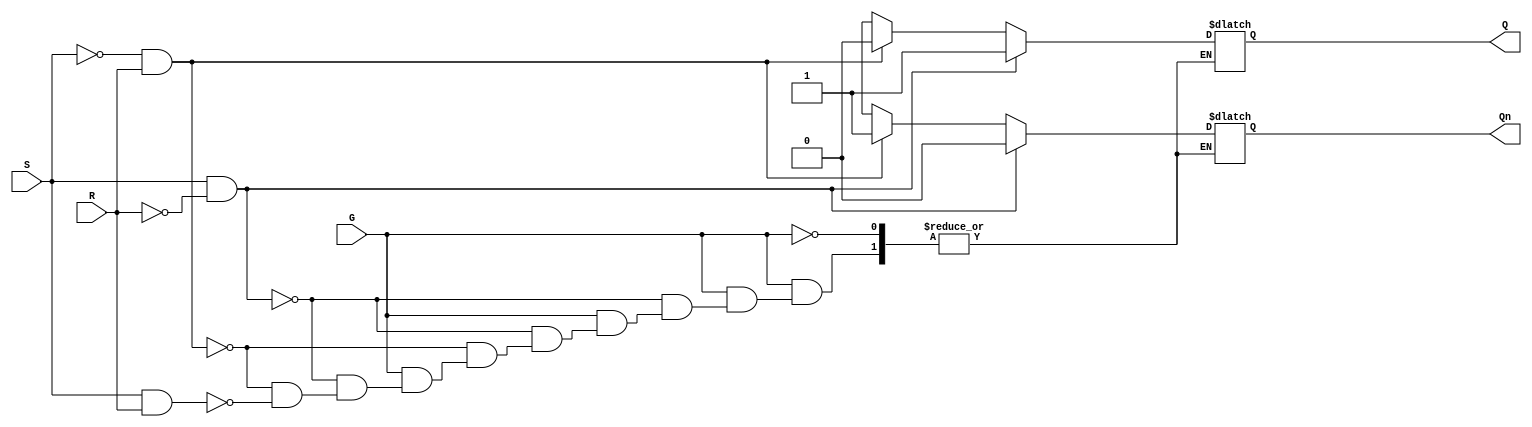
module GatedSRLatch (
    input wire S,       // Set input
    input wire R,       // Reset input
    input wire G,       // Enable signal
    output reg Q,       // Primary output
    output reg Qn       // Complementary output (not Q)
);

    always @(*) begin
        if (G) begin
            if (S && ~R) begin
                Q = 1'b1;   // Set state
                Qn = 1'b0;
            end
            else if (~S && R) begin
                Q = 1'b0;   // Reset state
                Qn = 1'b1;
            end
            else if (S && R) begin
                // Indeterminate state (can be handled as needed)
                Q = 1'bx;   // Indeterminate state
                Qn = 1'bx;  // Indeterminate state
            end
            else begin
                // Maintain current state
                // Note: we cannot directly maintain state in a combinational block,
                // the following lines are conceptual. The latch should be implemented
                // with memory elements in a real design.
                Q = Q;       // Keep current state
                Qn = Qn;     // Keep current state
            end
        end
        // When G is low, maintain current state
    end

endmodule